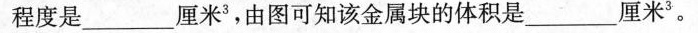
程度是___厘米^3，由图可知该金属块的体积是___厘米^3。